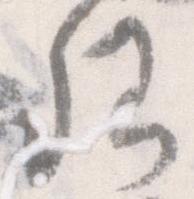
卿